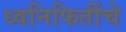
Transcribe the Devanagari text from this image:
ध्वनिफितींचे